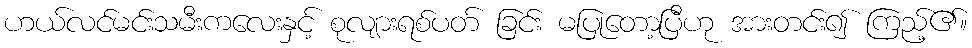
ဟယ်လင်မင်းသမီးကလေးနှင့် စုလျားရစ်ပတ် ခြင်း မပြုတော့ပြီဟု အားတင်း၍ ကြည့်၏။